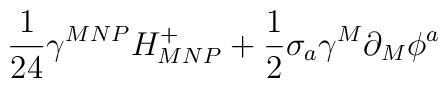
\frac{1}{24}\gamma^{MNP}H^+_{MNP} + \frac{1}{2} \sigma_a \gamma^{M}\partial_{M}\phi^a